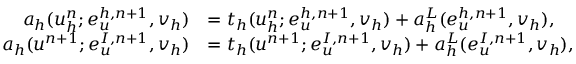
\begin{array} { r l } { a _ { h } ( u _ { h } ^ { n } ; \boldsymbol { e } _ { u } ^ { h , n + 1 } , \boldsymbol { v } _ { h } ) } & { = t _ { h } ( u _ { h } ^ { n } ; \boldsymbol { e } _ { u } ^ { h , n + 1 } , \boldsymbol { v } _ { h } ) + a _ { h } ^ { L } ( \boldsymbol { e } _ { u } ^ { h , n + 1 } , \boldsymbol { v } _ { h } ) , } \\ { a _ { h } ( u ^ { n + 1 } ; \boldsymbol { e } _ { u } ^ { I , n + 1 } , \boldsymbol { v } _ { h } ) } & { = t _ { h } ( u ^ { n + 1 } ; \boldsymbol { e } _ { u } ^ { I , n + 1 } , \boldsymbol { v } _ { h } ) + a _ { h } ^ { L } ( \boldsymbol { e } _ { u } ^ { I , n + 1 } , \boldsymbol { v } _ { h } ) , } \end{array}